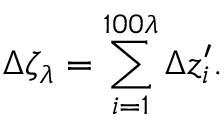
\Delta \zeta _ { \lambda } = \sum _ { i = 1 } ^ { 1 0 0 \lambda } \Delta z _ { i } ^ { \prime } .